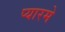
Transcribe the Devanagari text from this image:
प्यारमे